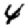
Digit: 4